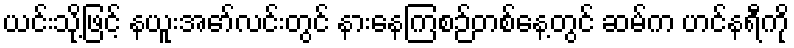
ယင်းသို့ဖြင့် နယူးအော်လင်းတွင် နားနေကြစဉ်တစ်နေ့တွင် ဆမ်က ဟင်နရီကို